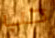
حب